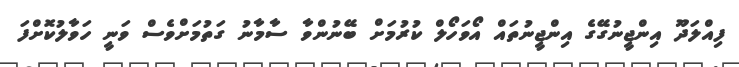
ފިއްލަދޫ އިންޖީނުގޭގެ އިންޖީނުތައް އޯވަހޯލް ކުރުމަށް ބޭނުންވާ ސާމާނު ގަތުމަށްވެސް ވަނީ ހަވާލުކޮށްފަ